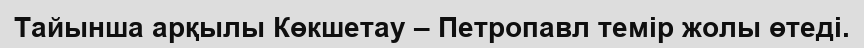
Тайынша арқылы Көкшетау – Петропавл темір жолы өтеді.